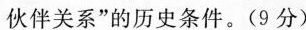
伙伴关系”的历史条件。(9分)